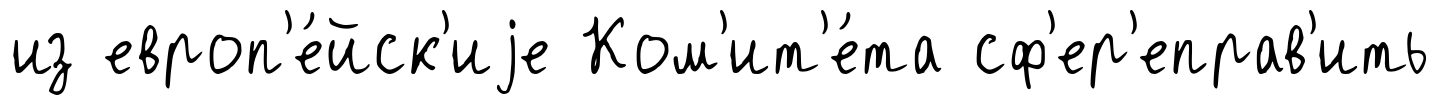
из европ'е́йск'иjе Ком'ит'е́та сф'ер'еправ'ить